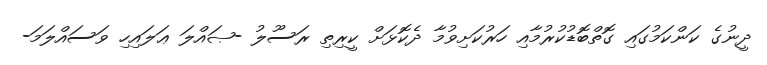
ދީނުގެ ކަންކަމުގައި ގޮތްބޮޑުކުރުމާއި ހަރުކަށިވުމާ ދެކޮޅަށް ކީރިތި ރަސޫލު -ޞައްލަ ޢަލައިހި ވަސައްލަމަ-